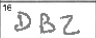
Transcription: DBZ